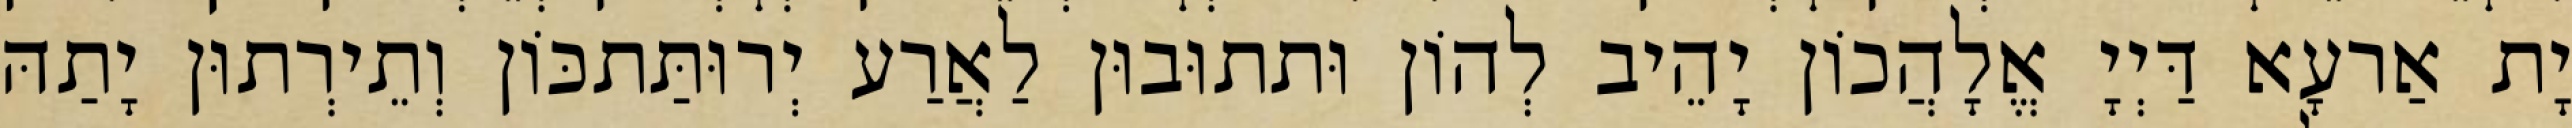
יָת אַרעָא דַּיְיָ אֱלָהֲכוֹן יָהֵיב לְהוֹן וּתתוּבוּן לַאֲרַע יְרוּתַּתכּוֹן וְתֵירְתוּן יָתַהּ